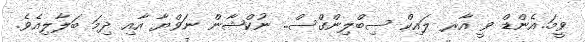
ވީމަ..އެންޑް ވީ އާރ ލައިކް ސިބްލިންގްސް.. ނުކްޝާން ނަވްޔާ އާއި ދިމަ ބަލާލިއެވެ.